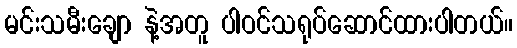
မင်းသမီးချော နဲ့အတူ ပါဝင်သရုပ်ဆောင်ထားပါတယ်။